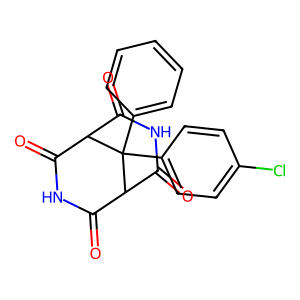
SMILES: O=C1NC(=O)C2C(=O)NC(=O)C1C2(c1ccccc1)c1ccc(Cl)cc1
Inhibits HIV replication: No